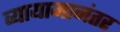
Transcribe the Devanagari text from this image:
व्यायामानंतर